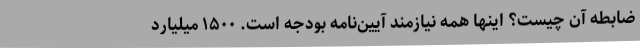
ضابطه آن چیست؟ اینها همه نیازمند آیین‌نامه بودجه است. ۱۵۰۰ میلیارد